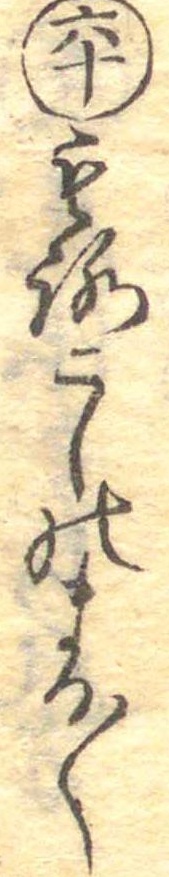
六十もろこしのまる〱